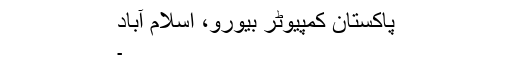
پاکستان کمپیوٹر بیورو، اسلام آباد
۔